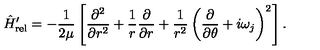
\hat { H } _ { \mathrm { r e l } } ^ { \prime } = - \frac { 1 } { 2 \mu } \left[ \frac { \partial ^ { 2 } } { \partial r ^ { 2 } } + \frac { 1 } { r } \frac { \partial } { \partial r } + \frac { 1 } { r ^ { 2 } } \left( \frac { \partial } { \partial \theta } + i \omega _ { j } \right) ^ { 2 } \right] .